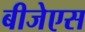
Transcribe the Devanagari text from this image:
बीजेएस